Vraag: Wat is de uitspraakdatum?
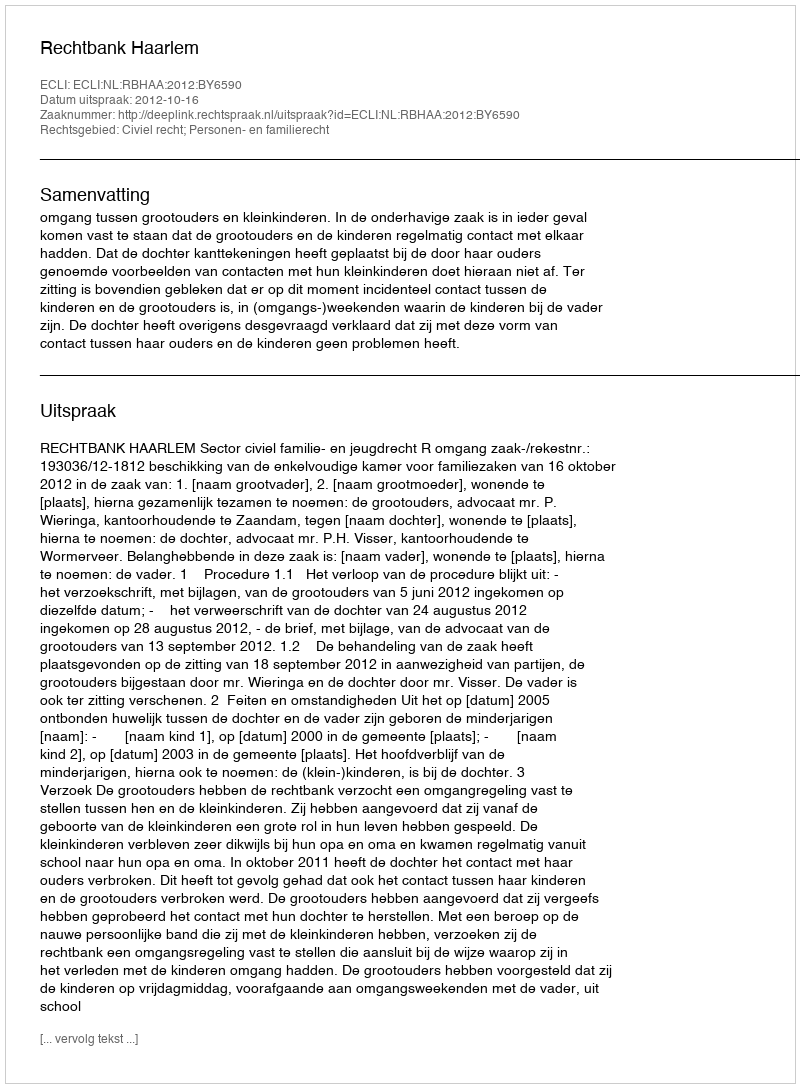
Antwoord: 2012-10-16